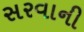
સરવાની